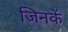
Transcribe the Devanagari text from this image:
जिनकें